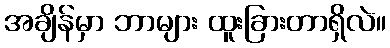
အချိန်မှာ ဘာများ ထူးခြားတာရှိလဲ။